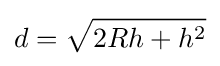
d={\sqrt {2Rh+h^{2}}}